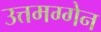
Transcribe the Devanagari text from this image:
उत्तमग्गेन